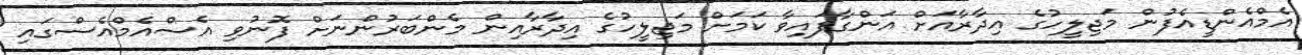
އެމްއެންޑީއެފުން މަޖިލީހުގެ އިދާރާއަށް އަންގާފައިވާ ކަމަށް މަޖިލީހުގެ އިދާރާއިން މެންބަރުންނަށް ފޮނުވި އެސްއެމްއެސްގައި